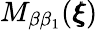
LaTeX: M_{\beta\beta_{1}}({\pmb\xi})